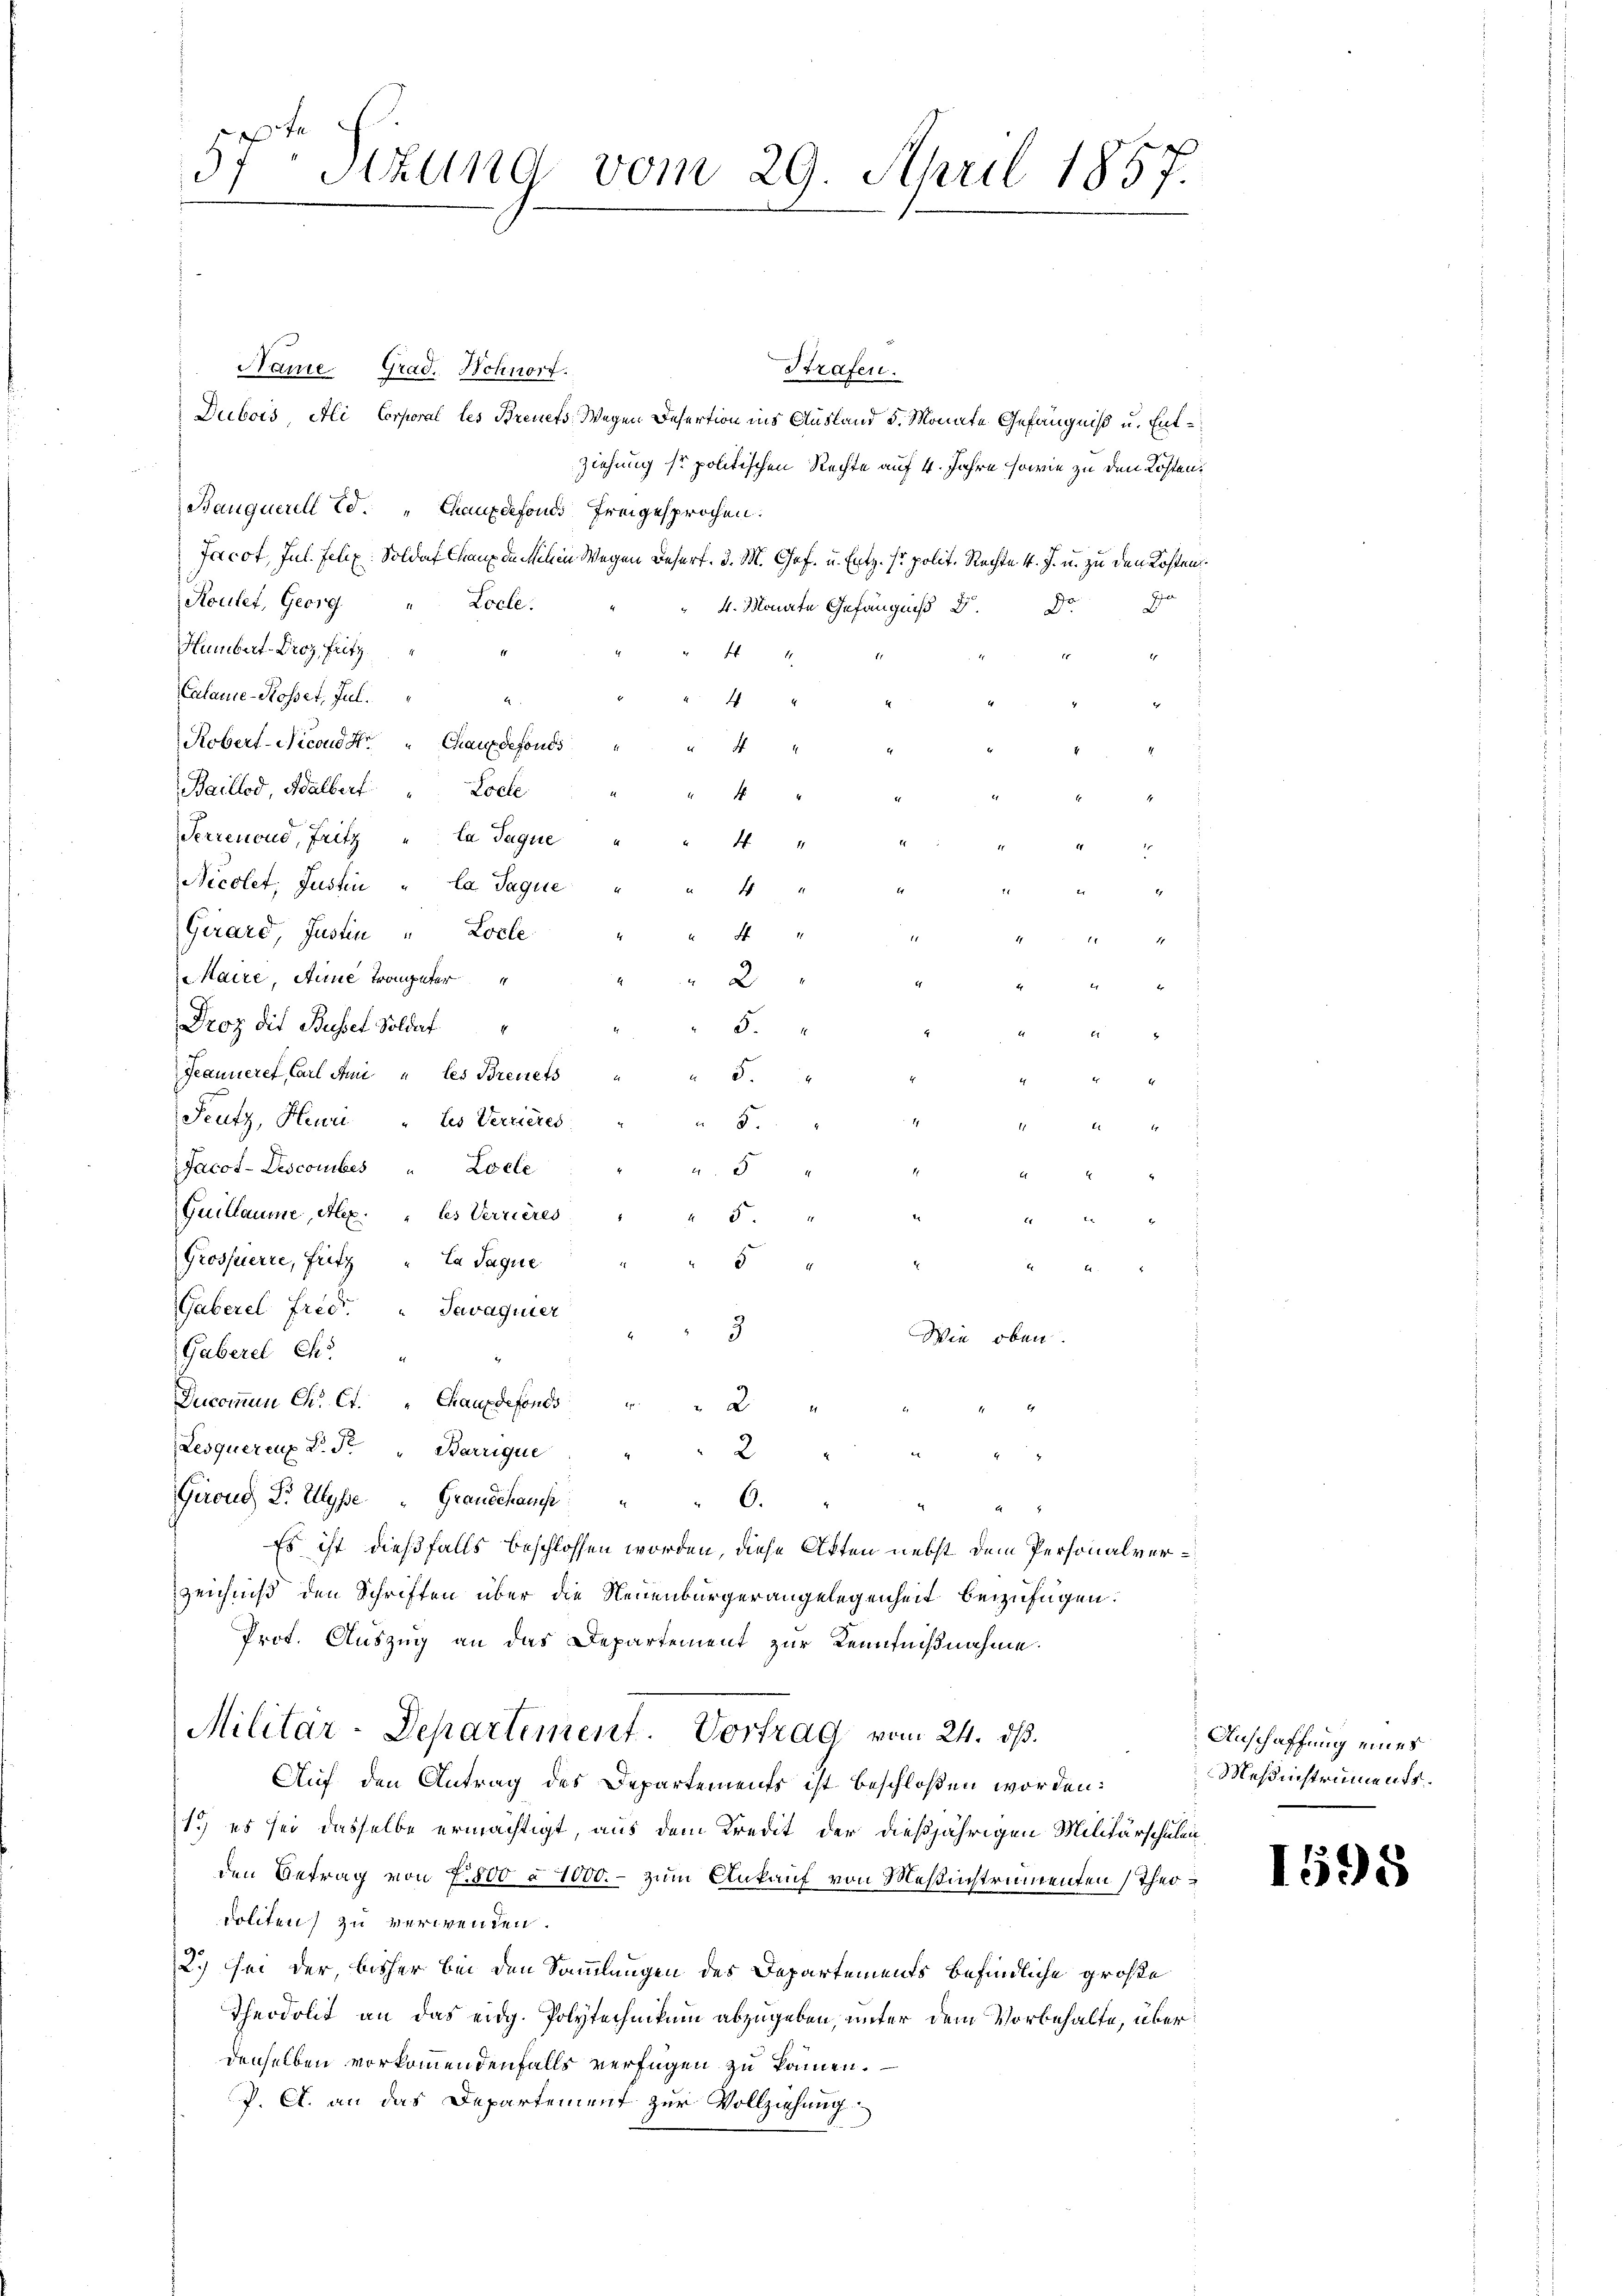
Name Grad. Wohnort.
Strafen.
Dubois, Ali Corporal les Breuets, Wegen Desertion ins Ausland 5. Monate Gefängniß u. Ent¬
Ziehung so politischen Rechte auf 4. Jahre sowie zu den Kosten.
Banquerell Ed. " Chauxdefonds freigesprochen.
Jacot, Jul. Felix: Soldat Chaux de Milien Wegen Desert. d. M. Chof. u. Entz. sr polit. Rechte v. J. u. zu den Kosten.
Routet, Georg " Locle.
de
4. Monate Gefängniß
Humbert-Droz, Fritz
11
4
1
2
Calame-Rosset, Jul.

44
Robert-Nicond St. " Chauxdefonds
" 44
Baillod, Halbert " Lode
4
Serrenoud, Fritz " la Jaque
4
Nicolet, Justin " Ca Jaque
4
Girard, Justin "Locle"
F
14.
Maire, Steine Trompeter
2
Eig
Droz die Busset Soldat
5.
3
Jeanneret, Carl Ami les Breitets
5.
1
Seutz, Heur les Verrieres
5.

Jacot-Descomibes " Locle
a. 5
4
Quillaume, Alex. les Verrieres
5
4
Grosserre, Fritz " Ca Jaque
5
.
17.
2
Gaberel Frid. Savaguier
3
Wie oben.
Gaberei Ch.
Ducommen Chr. Ct. " Chauxdefonds " " 2 "
Lesquéreux R. F. Barrique
2
2
Giroud Dr. Ellysse" Grandchause " " 6.
Es ist dießfalls beschlossen worden, diese Akten nebst dem Personalver¬
Zeichniß den Schriften über die Neuenburgerangelegenheit beizufügen.
Prot. Auszug an das Departement zur Kenntnißnahme.
Militar-Departement. Vortrag vom 24. ds.
Auf den Antrag des Departements ist beschloßen worden:
1.) es sei dasselbe ermächtigt, aus dem Kredit der dießjährigen Militärschulen
den Betrag von 7500 à 1000. - zum Ankauf von Meßinstrumenten Theidollten) zu verwenden.
2.) Sei der, bisher bei den Sammlungen des Departements befindliche große
Theodolt an das eidg. Polytechnikum abzugeben, unter dem Vorbehalte, über
denselben vorkommendenfalls verfügen zu kommen.
P. A. an das Departement zur Vollziehung

7
, Itzung vom 29. April 1857.
e

Anschaffung eines
Meßinstruments

1598